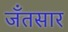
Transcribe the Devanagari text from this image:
जँतसार